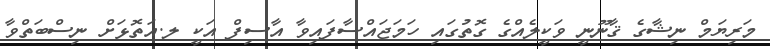
މަރިޔަމް ނިޝާގެ ޤާނޫނީ ވަކީލެއްގެ ގޮތުގައި ހަމަޖައްސާފައިވާ އާސިފް އަކީ ލ.އަތޮޅަށް ނިސްބަތްވާ